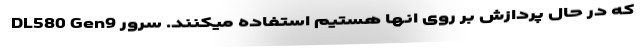
که در حال پردازش بر روی انها هستیم استفاده میکنند. سرور DL580 Gen9